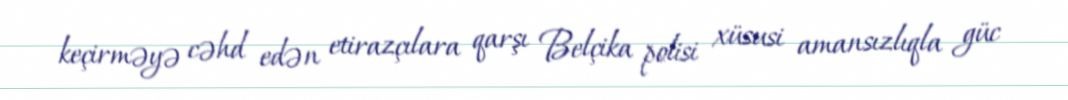
keçirməyə cəhd edən etirazçılara qarşı Belçika polisi xüsusi amansızlıqla güc